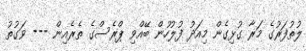
ލުތުފަރުގެ މަރާ ގުޅިގެން މިއަދު ފުލުހުން ބޭއްވި ޕްރެސްގެ ތެރެއިން --- ވަގުތު